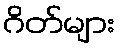
ဂိတ်များ